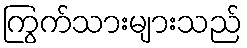
ကြွက်သားများသည်